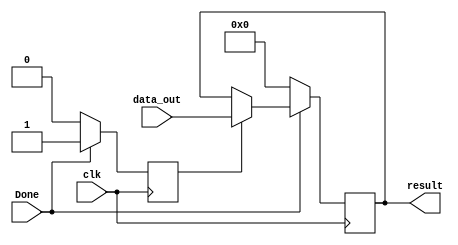
`timescale 1ns / 1ps
//////////////////////////////////////////////////////////////////////////////////
// Company: 
// Engineer: 
// 
// Design Name: 
// Module Name:    results 
// Project Name: 
// Target Devices: 
// Tool versions: 
// Description: 
//
// Dependencies: 
//
// Revision: 
// Revision 0.01 - File Created
// Additional Comments: 
//
//////////////////////////////////////////////////////////////////////////////////
module results(
    input Done,clk,
	 input [5:0] data_out,
    output reg [5:0] result
    );
	 reg x=0;
	always @(posedge clk) begin
		if(x==1)
		result = data_out;

		if(Done == 1) begin
			x=1;
		end
		else begin
			x=0;
			result=0;
		end
		end
		
		

endmodule